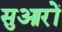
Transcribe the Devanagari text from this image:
सुआरों